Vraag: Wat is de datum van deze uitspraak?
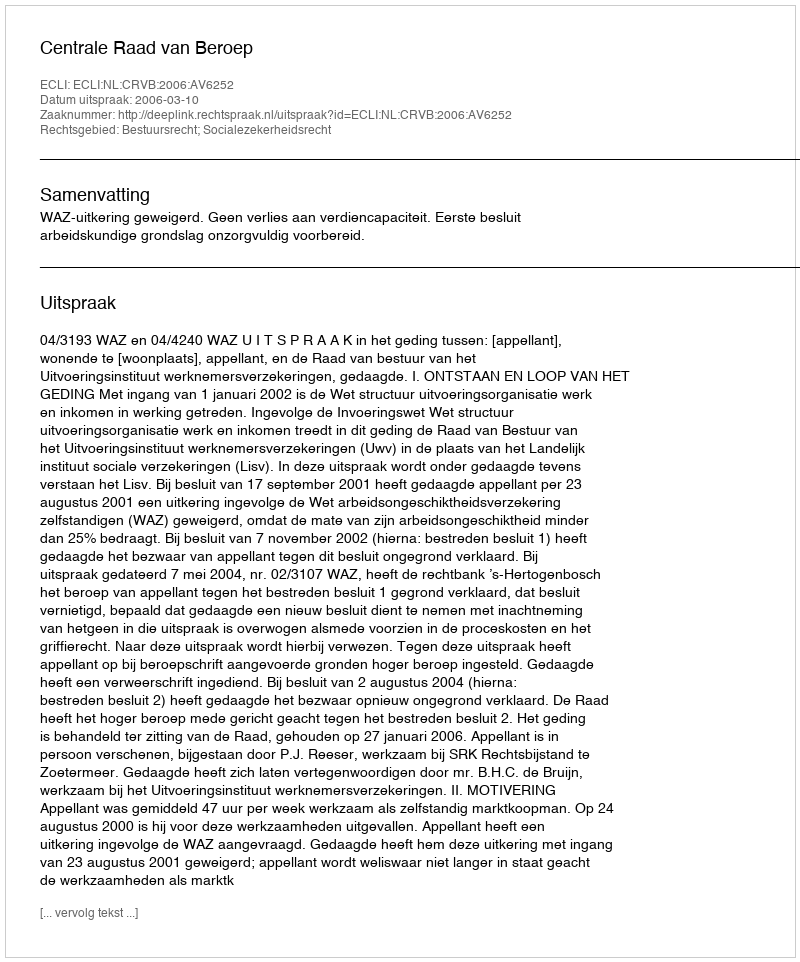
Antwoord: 2006-03-10